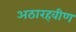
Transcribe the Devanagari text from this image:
अठारहवीण